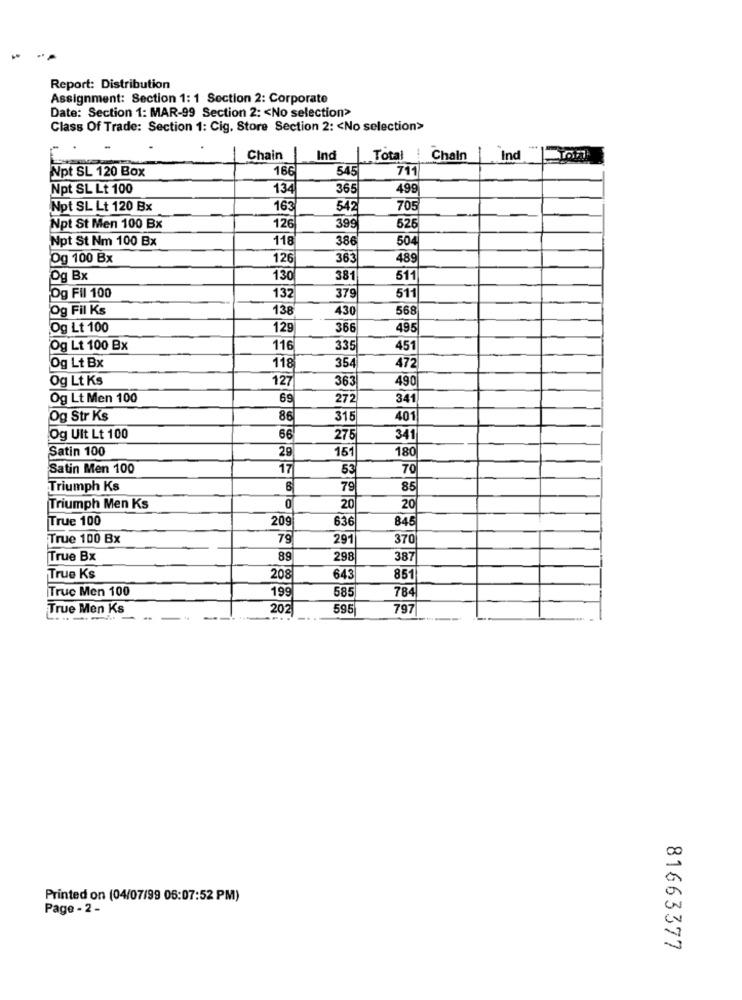
Report: Distribution
Assignment: Section 1: 1 Section 2: Corporate
Date: Section 1: MAR-99 Section 2: < No selection>
Class Of Trade: Section 1: Cig. Store Section 2: < No selection>
Chain
Ind
Total : Chain | Ind
Npt SL 120 Box
166
545
711
Npt SL Lt 100
134
365
499
Npt SL Lt 120 Bx
163
542
705
Npt St Men 100 Bx
126
399
526
Npt St Nm 100 Bx
118
386
504
Og 100 Bx
126
363
489
Og Bx
130
381
511
Og Fil 100
132
379
511
Og Fil Ks
138
430
568
Og Lt 100
129
366
495
Og Lt 100 Bx
116
335
451
Og Lt Bx
118
354
472
Og Lt Ks
127
363
490
Og Lt Men 100
69
272
341
Og Str Ks
86
315
401
Og Ult Lt 100
66
275
341
Satin 100
29
151
180
Satin Men 100
17
53
Triumph Ks
79
85
Triumph Men Ks
0
20
20
True 100
209
636
845
True 100 Bx
79
291
37
True Bx
89
298
387
True Ks
208
643
851
Truc Men 100
199
585
78
True Men Ks
202
595
797
Printed on (04/07/99 05:07:52 PM)
Page - 2 -
81663377